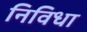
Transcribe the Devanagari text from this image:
निविधा